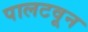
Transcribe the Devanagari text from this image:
पालटवून